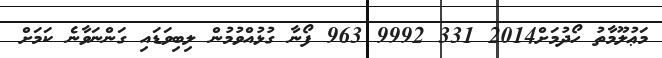
މަޢުލޫމާތު ހޯދުމަށް2014 331 9992 963 ފޯނާ ގުޅުއްވުމުން ލިބިވަޑައި ގަންނަވާނެ ކަމަށް